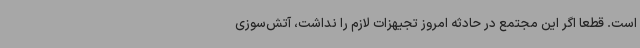
است. قطعا اگر این مجتمع در حادثه امروز تجیهزات لازم را نداشت، آتش‌سوزی